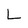
Character: L